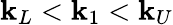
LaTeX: \mathbf{k}_{L}<\mathbf{k}_{1}<\mathbf{k}_{U}